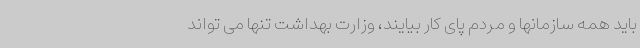
باید همه سازمانها و مردم پای کار بیایند، وزارت بهداشت تنها می تواند